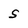
Character: S